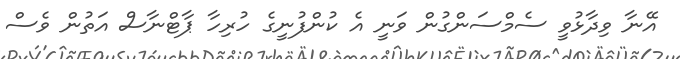
އޭނާ ވިދާޅުވީ ސެމްސަންގުން ވަނީ އެ ކުންފުނީގެ ހުރިހާ ޕާޓްނާސް އަތުން ވެސް